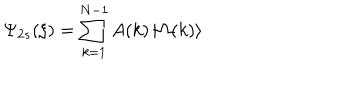
LaTeX: \Psi _ { 2 s } ( \xi ) = \sum _ { k = 1 } ^ { N - 1 } A ( k ) \left| \Omega ( k ) \right\rangle